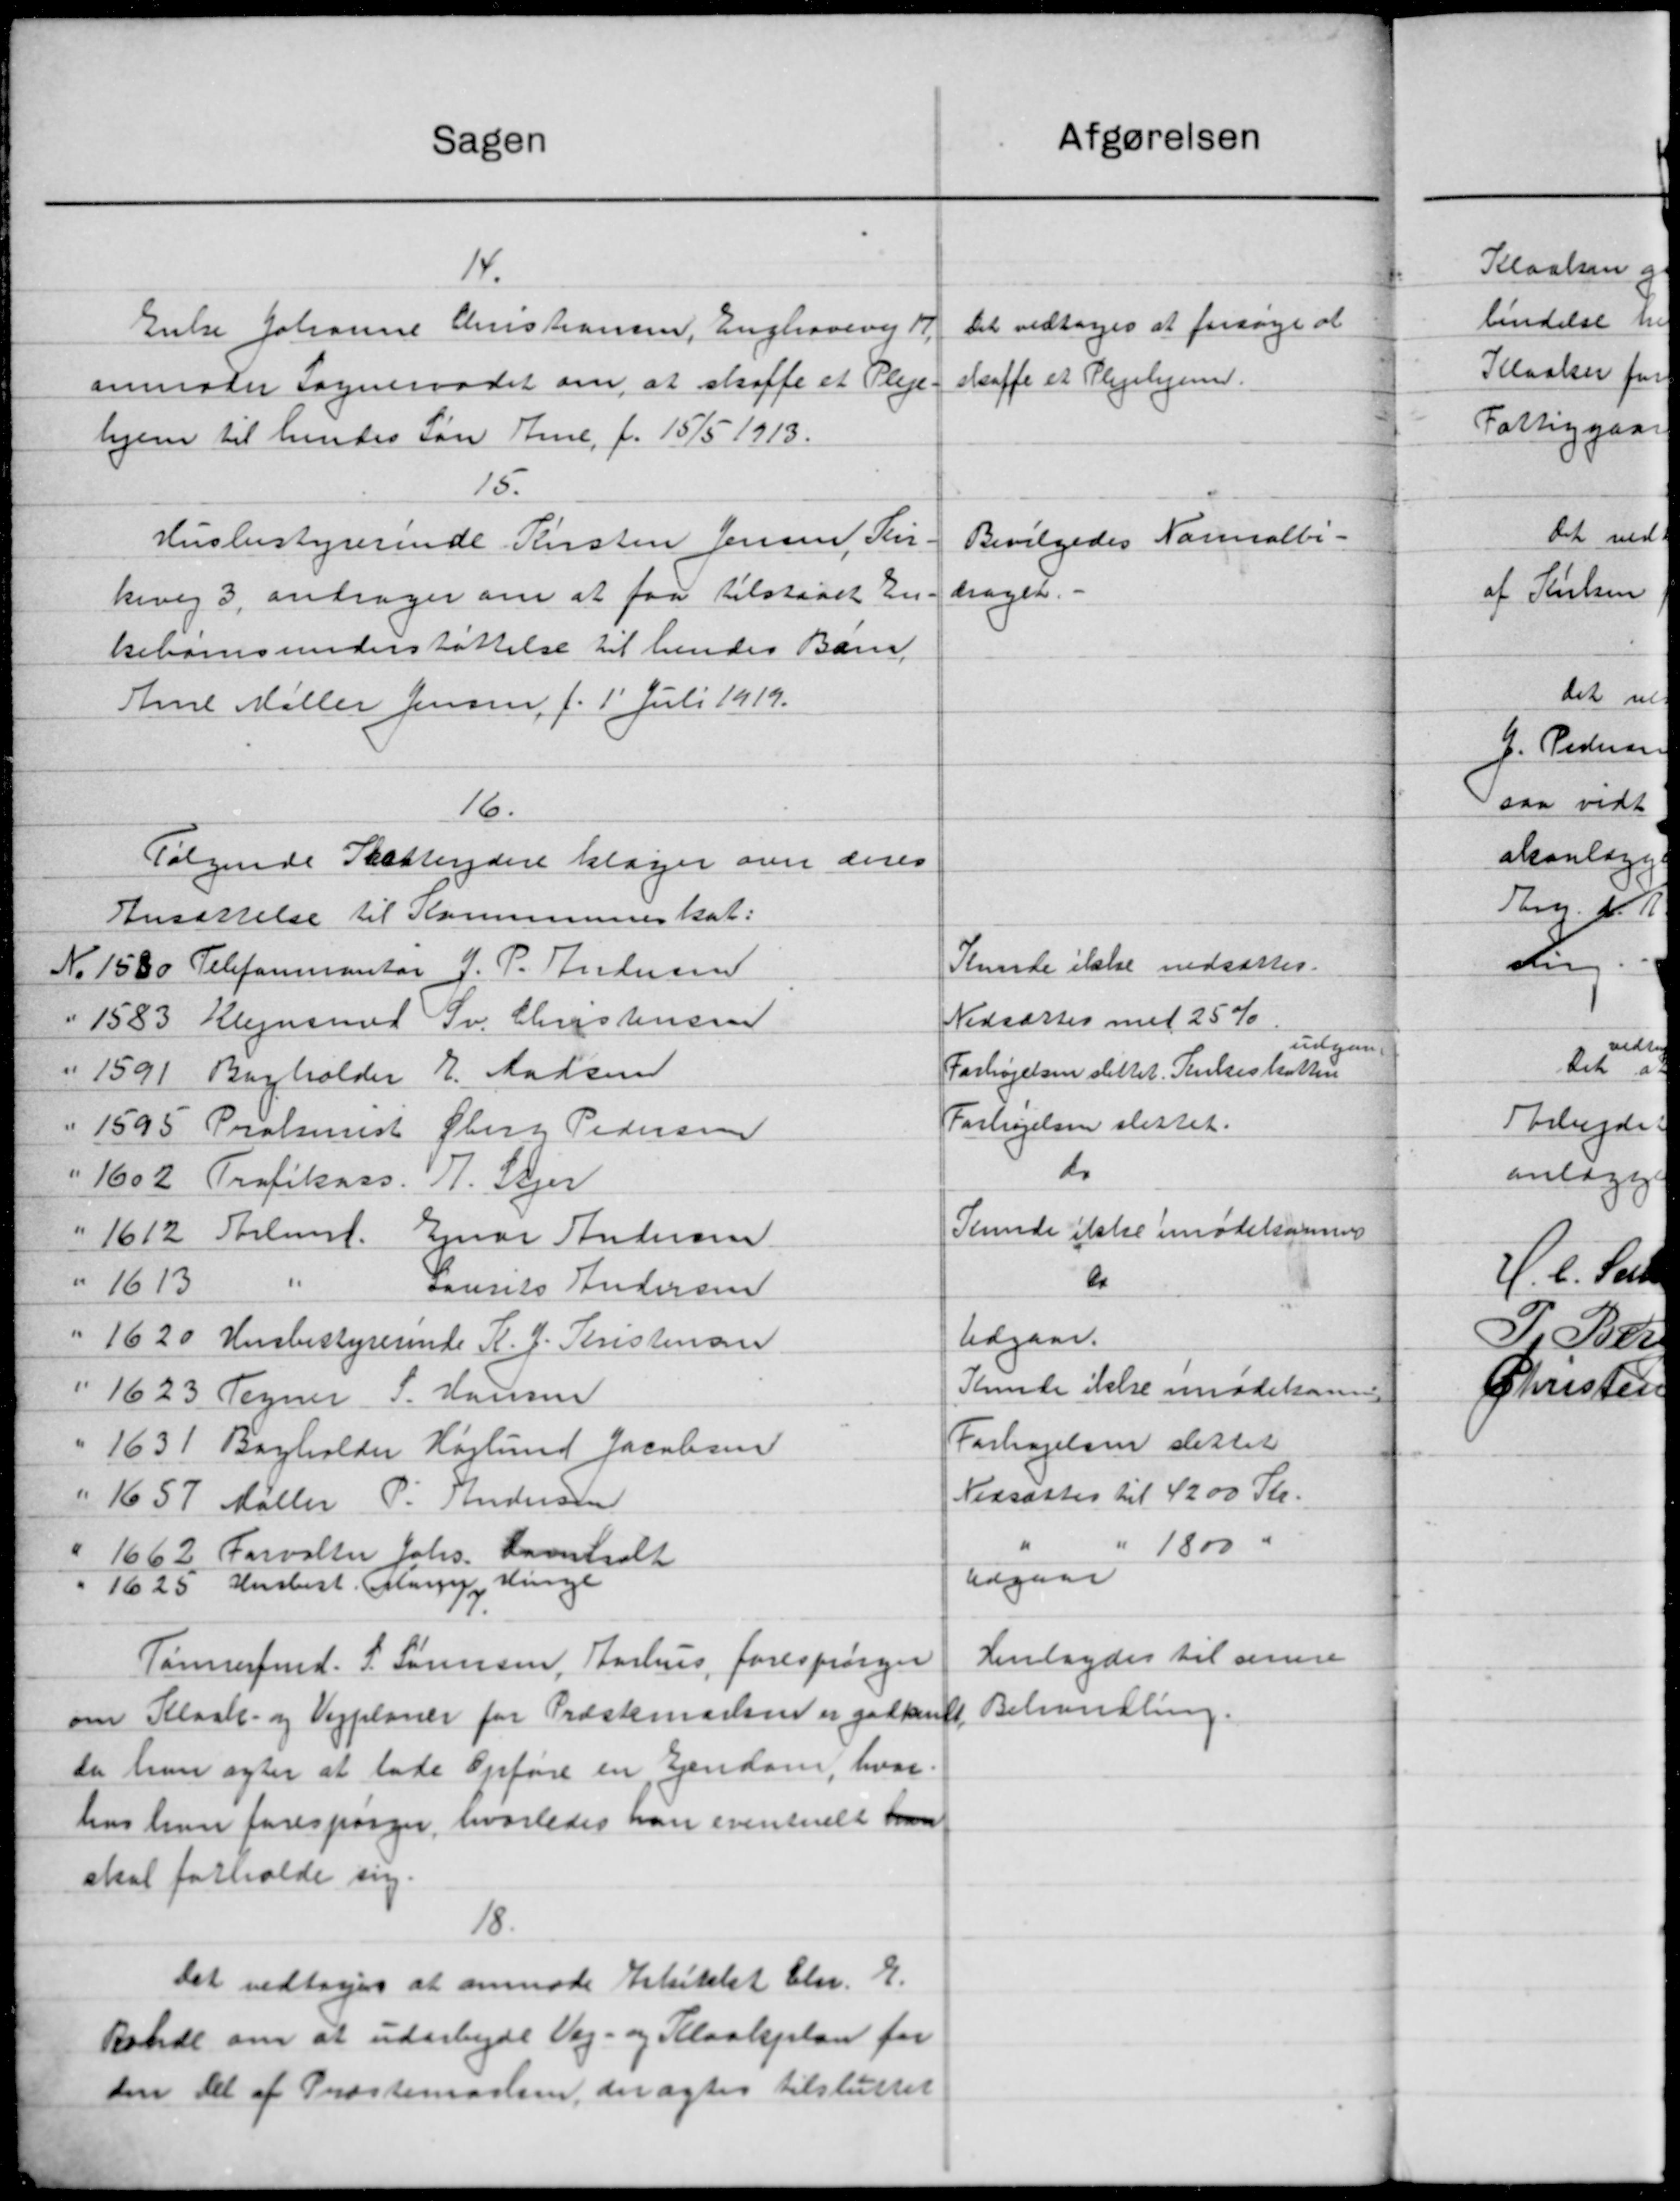
Transskription:
Sagen
Kloaken gennem Friheden, ca. 9 Td. Land, og i For-
Første til
bendelse hermed at udarbejde Planer for Veje og
Kloaker for den øvrige Del af Præstemarken og
Fattiggaardens Arealer.
19.
Det vedtoges at lade anskaffe en Opmaaling
af Nielsen for en Pris af 120 Kr.
20.
Det vedtoges at meddele Entreperatorerne
G. Pedersen og Løn i anbefalet Skrivelse, at for-
saa vidt Arbejdet ved Færdiggørelsen af Kla-
akanlægget ikke er paabegyndt senest den 1'
Thm. d. A. vil det blive udført for hans Reg
d
20.
vedtoges
Det at lade Malthe Pedersen forestaa
Arbejdet med Færdiggørelsen af Kloak-
anlægget.
H. C. Stensen Chr. P. Bach.
Fr. Sørensen
P. Peter N. Eriksen Jens Jensen C. Laursen
Christen Kolde